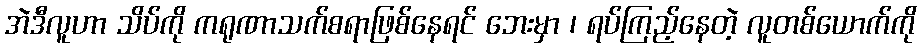
အဲဒီလူဟာ သိပ်ကို ကရုဏာသက်စရာဖြစ်နေရင် ဘေးမှာ ၊ ရပ်ကြည့်နေတဲ့ လူတစ်ယောက်ကို